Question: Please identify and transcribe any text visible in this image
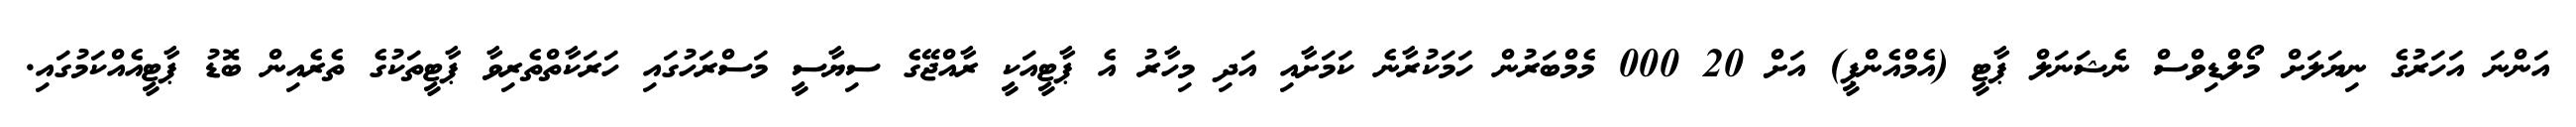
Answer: އަންނަ އަހަރުގެ ނިޔަލަށް މޯލްޑިވްސް ނެޝަނަލް ޕާޓީ (އެމްއެންޕީ) އަށް 20 000 މެމްބަރުން ހަމަކުރާނެ ކަމަށާއި އަދި މިހާރު އެ ޕާޓީއަކީ ރާއްޖޭގެ ސިޔާސީ މަސްރަހުގައި ހަރަކާތްތެރިވާ ޕާޓީތަކުގެ ތެރެއިން ބޮޑު ޕާޓީއެއްކަމުގައި.